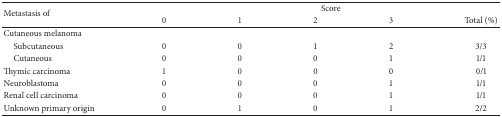
| <ROWSPAN=2> Metastasis of | <COLSPAN=5> Score |
 | 0 | 1 | 2 | 3 | Total (%) |
 | --- | --- | --- | --- | --- | --- |
 | Cutaneous melanoma |  |  |  |  |  |
 | Subcutaneous | 0 | 0 | 1 | 2 | 3/3 |
 | Cutaneous | 0 | 0 | 0 | 1 | 1/1 |
 | Thymic carcinoma | 1 | 0 | 0 | 0 | 0/1 |
 | Neuroblastoma | 0 | 0 | 0 | 1 | 1/1 |
 | Renal cell carcinoma | 0 | 0 | 0 | 1 | 1/1 |
 | Unknown primary origin | 0 | 1 | 0 | 1 | 2/2 |